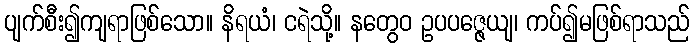
ပျက်စီး၍ကျရာဖြစ်သော။ နိရယံ၊ ငရဲသို့။ နတွေဝ ဥပပဇ္ဇေယျ၊ ကပ်၍မဖြစ်ရာသည်